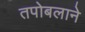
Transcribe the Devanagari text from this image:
तपोबलाने